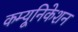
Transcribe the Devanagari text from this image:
कम्‍यूनिकेशन